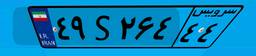
۴۹S۲۶۴۴۴